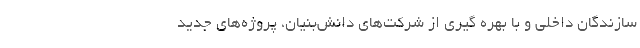
سازندگان داخلی و با بهره‌ گیری از شرکت‌های دانش‌بنیان، پروژه‌های جدید